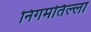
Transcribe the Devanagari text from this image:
निगमतिल्ला